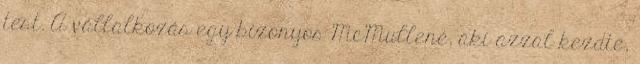
test. A vállalkozás egy bizonyos McMullené, aki azzal kezdte,